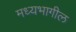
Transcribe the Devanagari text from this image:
मध्यभागील